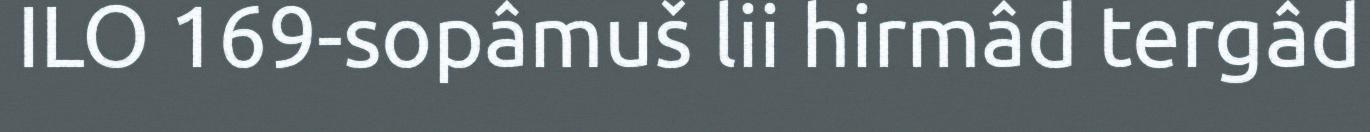
ILO 169-sopâmuš lii hirmâd tergâd